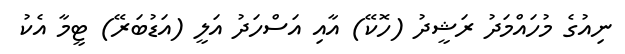
ނިއުގެ މުހައްމަދު ރަޝީދު (ހޮކޭ) އާއި އަސްހަދު އަލީ (އަޑުބަރޭ) ޓީމާ އެކު